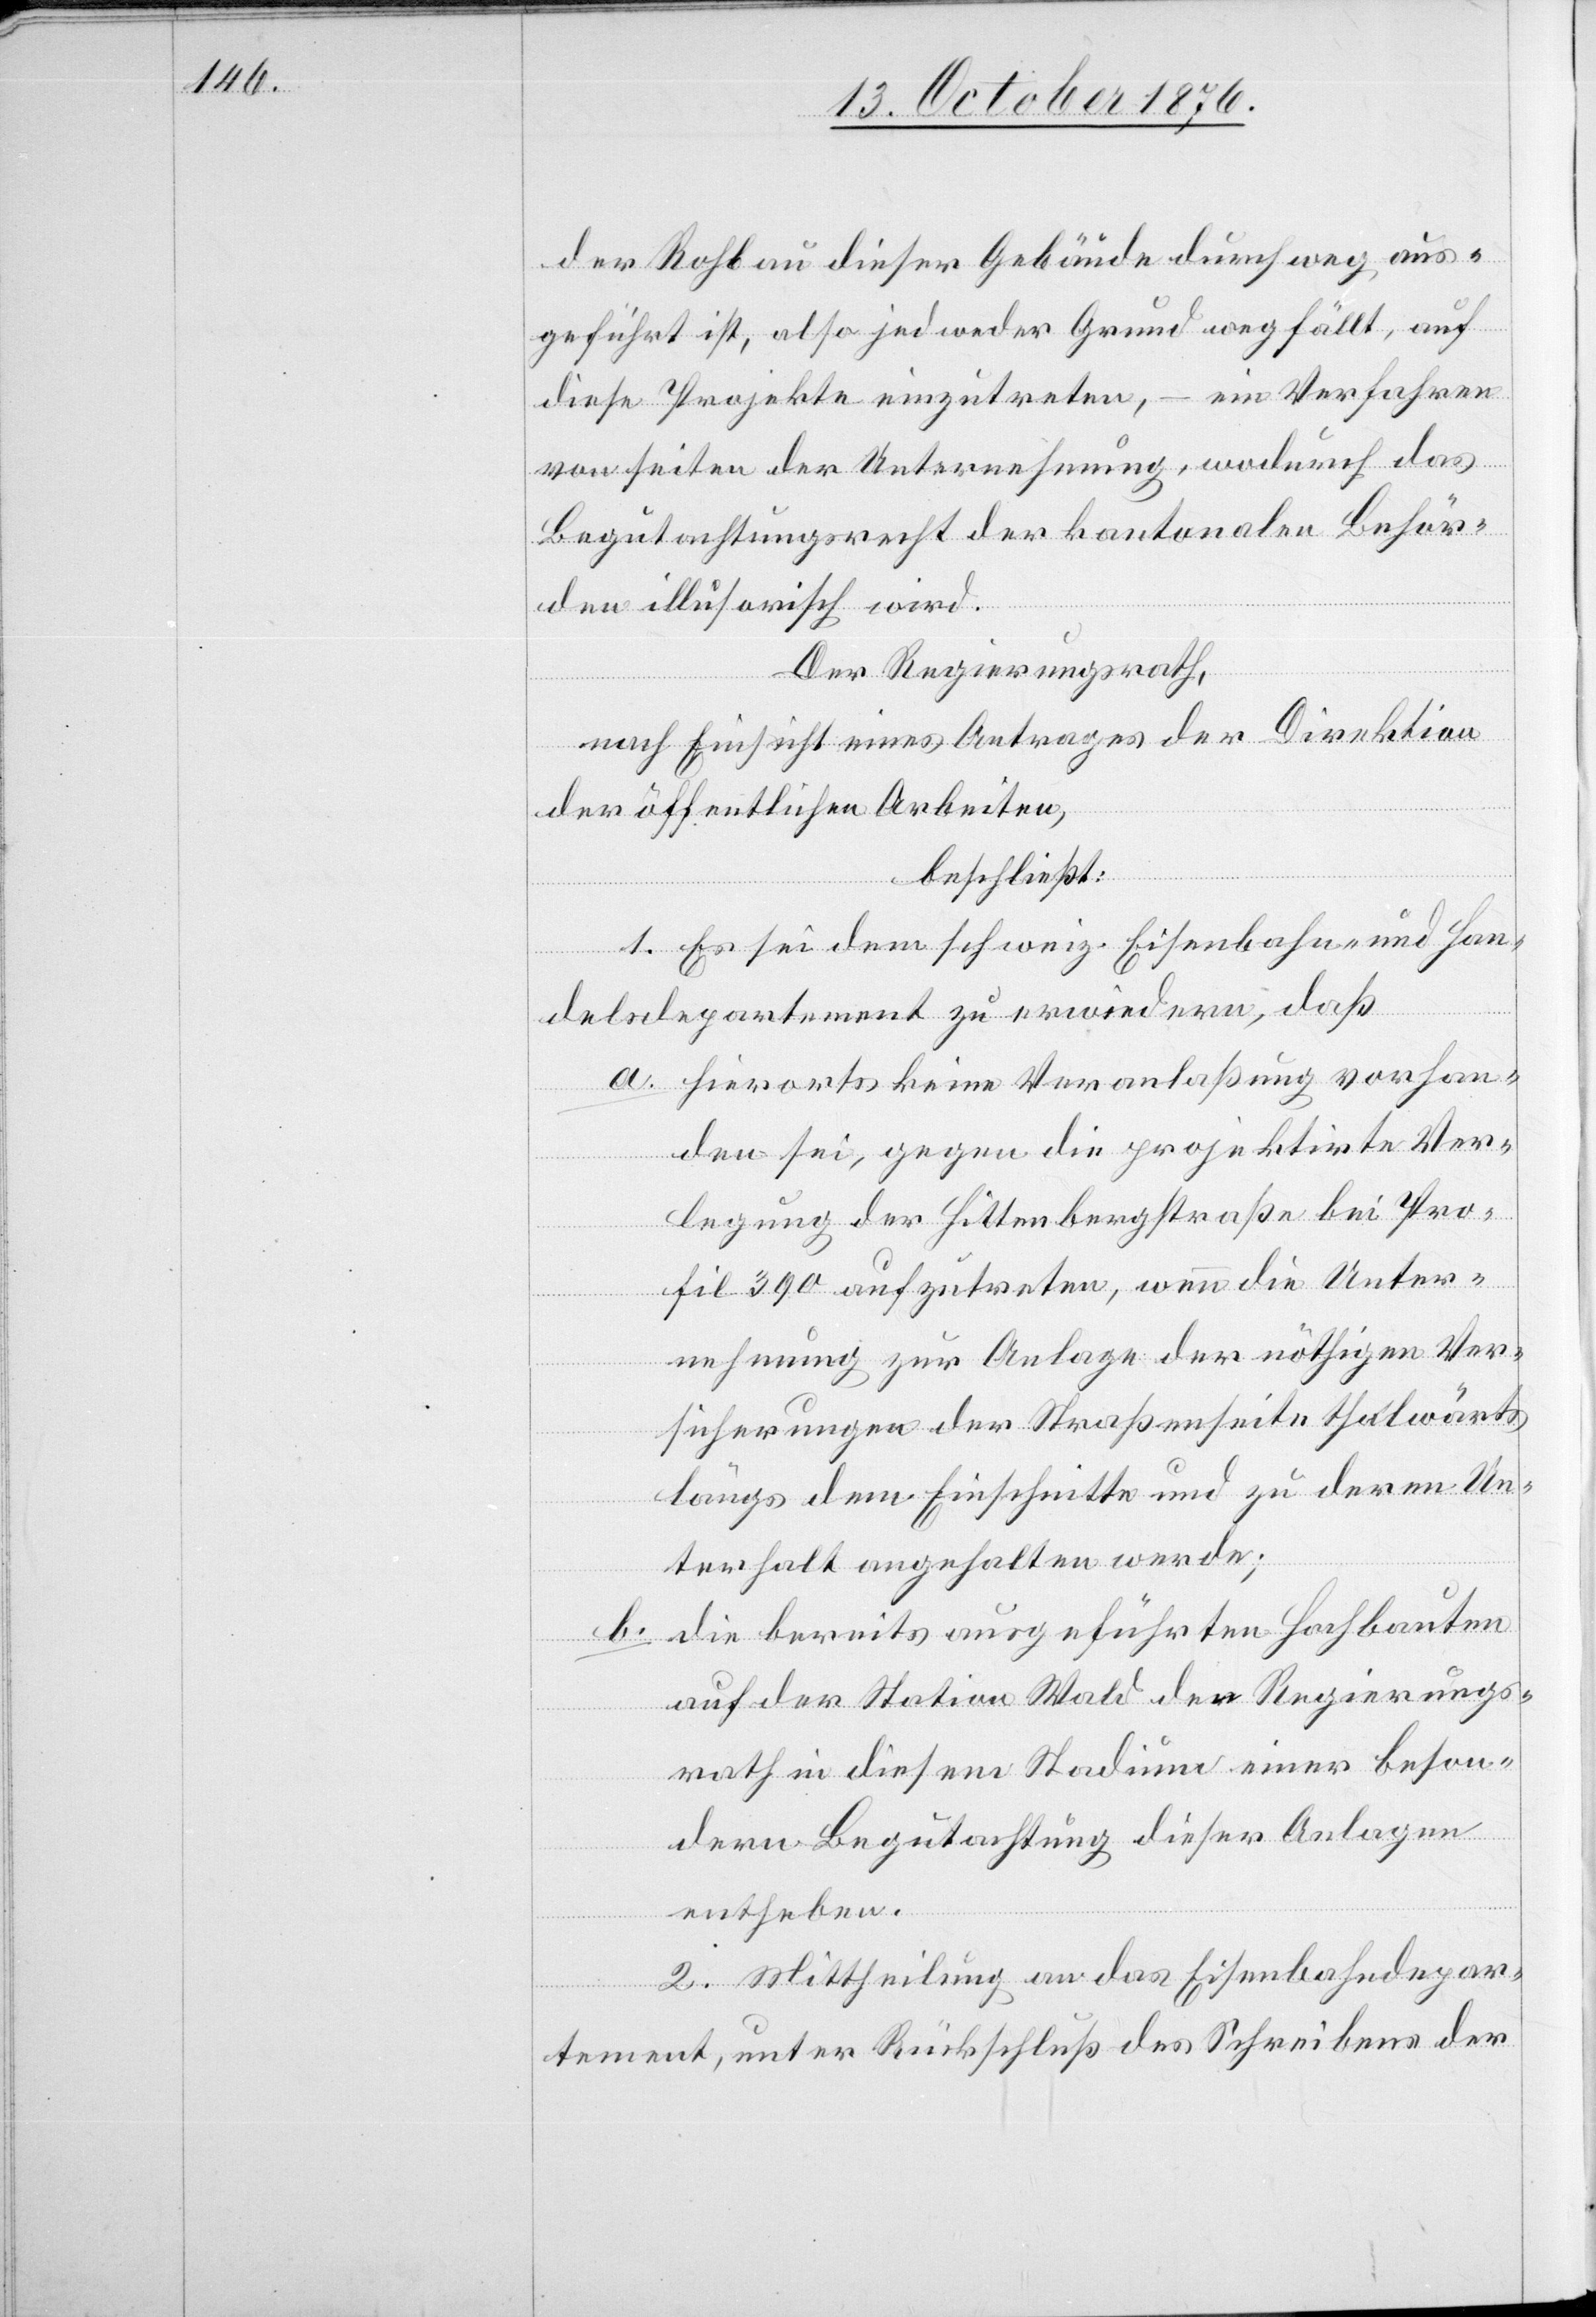
der Rohbau dieser Gebäude durchweg aus¬
geführt ist, also jedweder Grund wegfällt, auf
diese Projekte einzutreten, – ein Verfahren
von seiten der Unternehmung, wodurch das
Begutachtungsrecht der kantonalen Behör¬
den illusorisch wird.
Der Regierungsrath,
nach Einsicht eines Antrages der Direktion
der öffentlichen Arbeiten,
beschließt:
1. Es sei dem schweiz. Eisenbahn- und Han¬
delsdepartement zu erwiedern, daß
a. hierorts keine Veranlaßung vorhan¬
den sei, gegen die projektirte Ver¬
legung der Hittenbergstraße bei Pro¬
fil 390 aufzutreten, wenn die Unter¬
nehmung zur Anlage der nöthigen Ver¬
sicherung der Straßenseite thalwärts
längs dem Einschnitte und zu deren Un¬
terhalt angehalten werde;
b. die bereits ausgeführten Hochbauten
auf der Station Wald den Regierungs¬
rath in diesem Stadium einer beson¬
dern Begutachtung dieser Anlagen
entheben.
2. Mittheilung an das Eisenbahndepar¬
tement, unter Rückschluß des Schreibens der